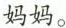
妈妈。